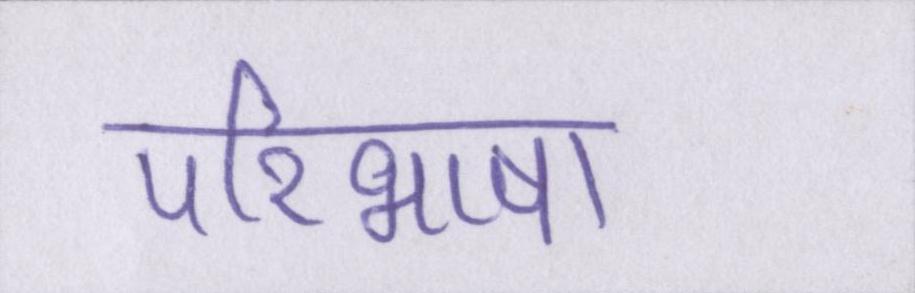
परिभाषा